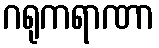
ဂရုကရာဏာ